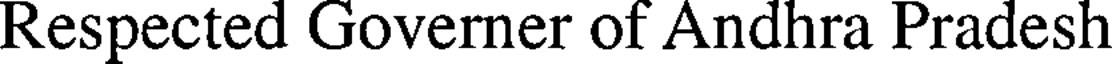
Respected Governer of Andhra Pradesh